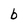
Character: b